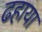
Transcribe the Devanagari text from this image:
ढहाया